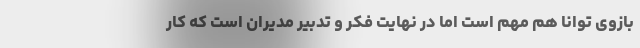
بازوی توانا هم مهم است اما در نهایت فکر و تدبیر مدیران است که کار